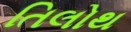
તિલોથ